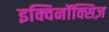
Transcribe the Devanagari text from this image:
इक्विनॉक्सिज़